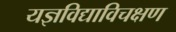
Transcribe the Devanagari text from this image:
यज्ञविद्याविचक्षण